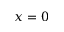
x = 0